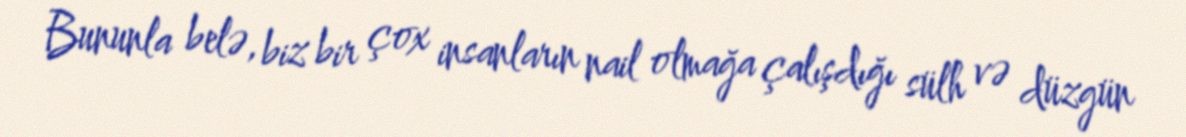
Bununla belə, biz bir çox insanların nail olmağa çalışdığı sülh və düzgün